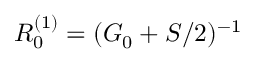
R _ { 0 } ^ { ( 1 ) } = ( G _ { 0 } + S / 2 ) ^ { - 1 }